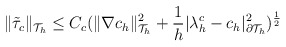
\begin{align*}\begin{aligned}\|\tilde{\tau}_c\|_{\mathcal{T}_h}\leq C_c(\|\nabla c_h\|_{\mathcal{T}_h}^2+\frac{1}{h}|\lambda^{c}_h-c_h|_{\partial\mathcal{T}_h}^2)^{\frac{1}{2}}\end{aligned}\end{align*}